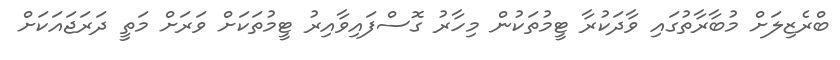
ބްރެޒިލަށް މުބާރާތުގައި ވާދަކުރާ ޓީމުތަކުން މިހާރު ގޮސްފައިވާއިރު ޓީމުތަކަށް ވަރަށް މަތީ ދަރަޖައަކަށް